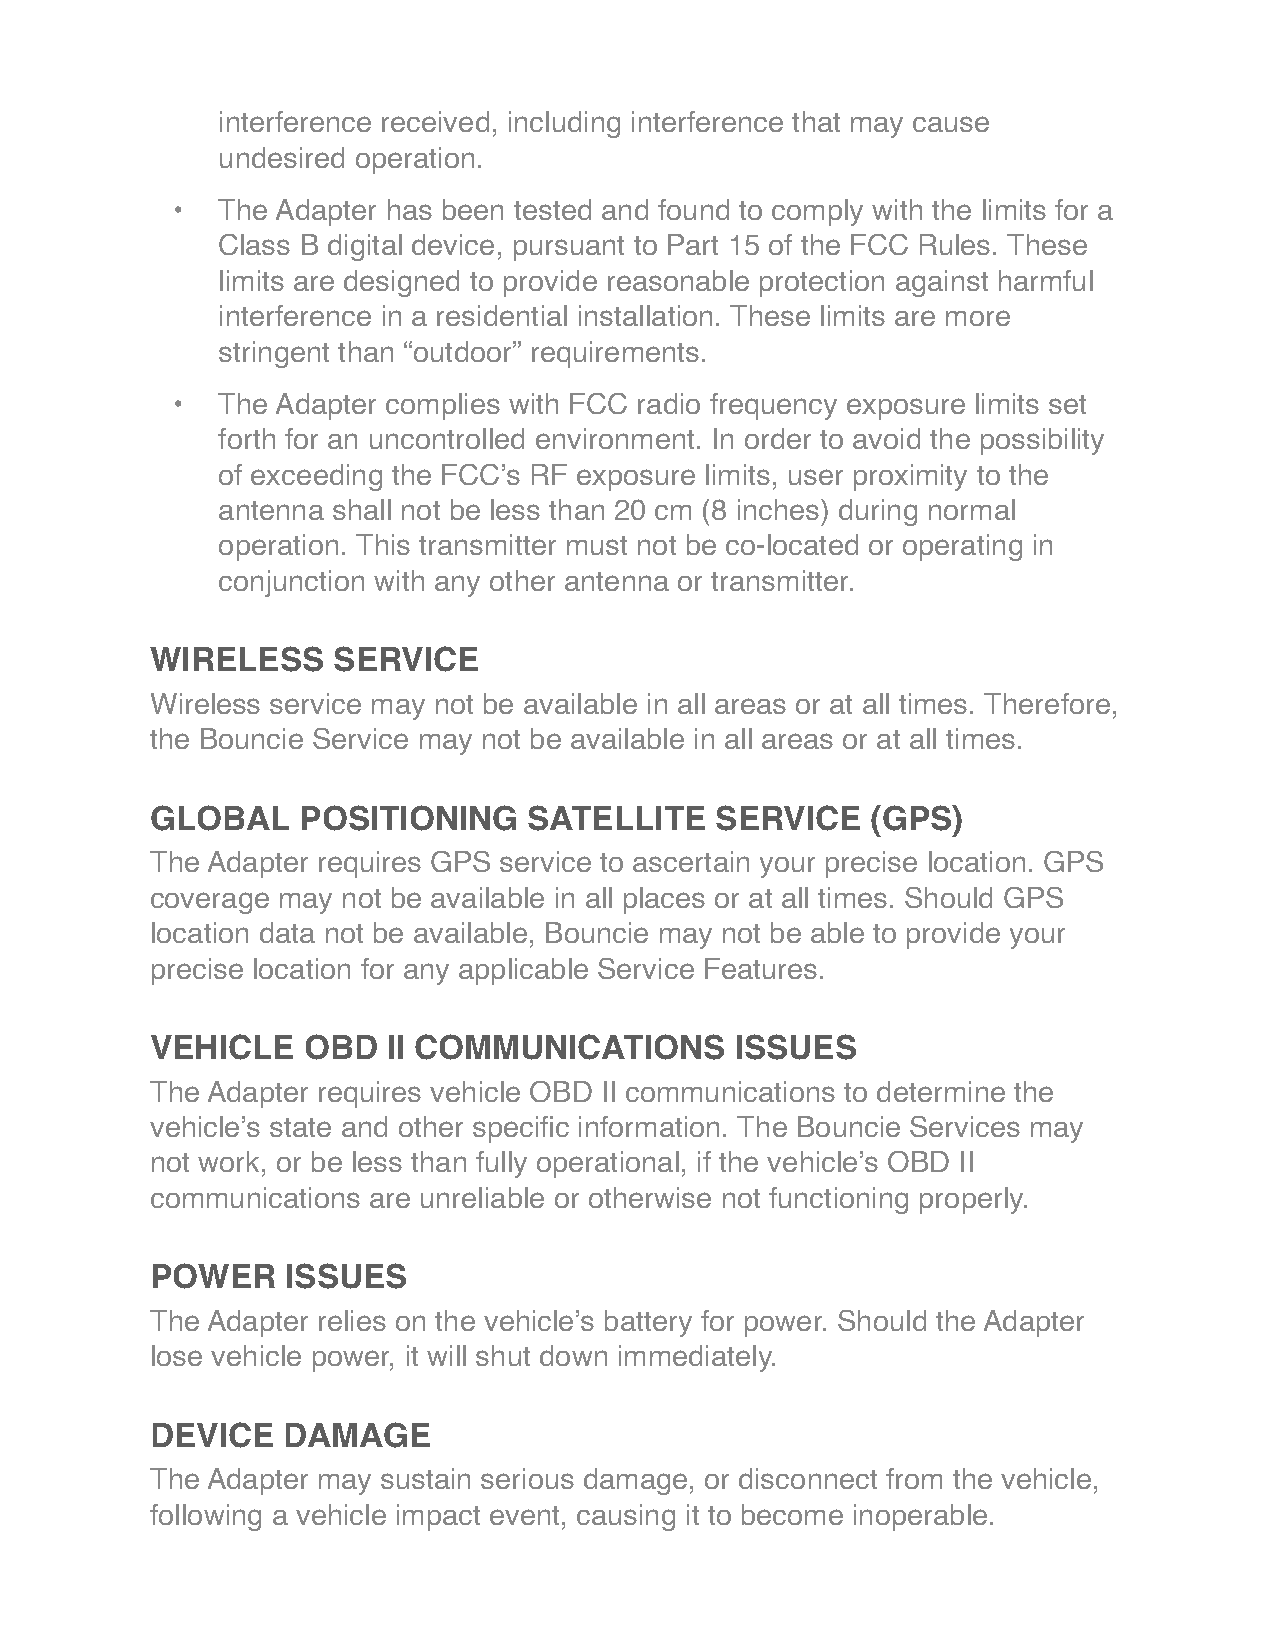
interference received, including interference that may cause
 undesired operation.
 •  The Adapter has been tested and found to comply with the limits for a
 Class B digital device, pursuant to Part 15 of the FCC Rules. These
 limits are designed to provide reasonable protection against harmful
 interference in a residential installation. These limits are more
 stringent than “outdoor” requirements.
 •  The Adapter complies with FCC radio frequency exposure limits set
 forth for an uncontrolled environment. In order to avoid the possibility
 of exceeding the FCC’s RF exposure limits, user proximity to the
 antenna shall not be less than 20 cm (8 inches) during normal
 operation. This transmitter must not be co-located or operating in
 conjunction with any other antenna or transmitter.
 WIRELESS    SERVICE
 Wireless service may not be available in all areas or at all times. Therefore,
 the Bouncie Service may not be available in all areas or at all times.
 GLOBAL    POSITIONING    SATELLITE   SERVICE    (GPS)
 The Adapter requires GPS service to ascertain your precise location. GPS
 coverage may not be available in all places or at all times. Should GPS
 location data not be available, Bouncie may not be able to provide your
 precise location for any applicable Service Features.
 VEHICLE   OBD   II COMMUNICATIONS      ISSUES
 The Adapter requires vehicle OBD II communications to determine the
 vehicle’s state and other specific information. The Bouncie Services may
 not work, or be less than fully operational, if the vehicle’s OBD II
 communications are unreliable or otherwise not functioning properly.
 POWER    ISSUES
 The Adapter relies on the vehicle’s battery for power. Should the Adapter
 lose vehicle power, it will shut down immediately.
 DEVICE   DAMAGE
 The Adapter may sustain serious damage, or disconnect from the vehicle,
 following a vehicle impact event, causing it to become inoperable.